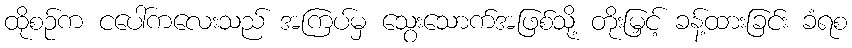
ထိုစဉ်က ငပေါ်ကလေးသည် အကြပ်မှ သွေးသောက်အဖြစ်သို့ တိုးမြှင့် ခန့်ထားခြင်း ခံရစ